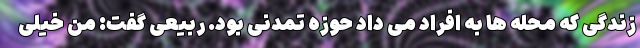
زندگی که محله ها به افراد می داد حوزه تمدنی بود. ربیعی گفت: من خیلی